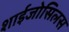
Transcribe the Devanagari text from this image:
शाईजोसिलस